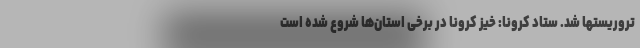
تروریستها شد. ستاد کرونا: خیز کرونا در برخی استان‌ها شروع شده است